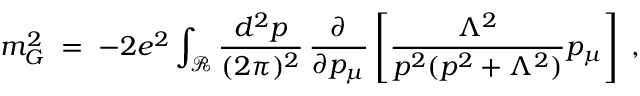
m _ { G } ^ { 2 } \; = \; - 2 e ^ { 2 } \int _ { { \mathcal R } } \frac { d ^ { 2 } p } { ( 2 \pi ) ^ { 2 } } \, \frac { \partial } { \partial p _ { \mu } } \left[ \frac { \Lambda ^ { 2 } } { p ^ { 2 } ( p ^ { 2 } + \Lambda ^ { 2 } ) } p _ { \mu } \right] \; ,